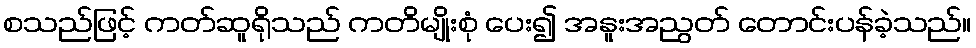
စသည်ဖြင့် ကတ်ဆူရိုသည် ကတိမျိုးစုံ ပေး၍ အနူးအညွတ် တောင်းပန်ခဲ့သည်။